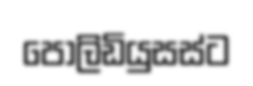
පොලිඩියුසස්ට